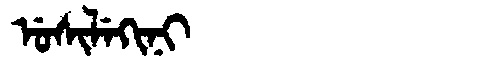
Manchu: ᡠᠰᡳᠯᡝᡴᡳᠨᡳ
Romanization: USILEKINI